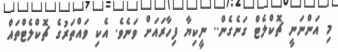
މި އަންނަނީ ޗޮކްލެޓް ގަނެގެން.. ނީކިޔާ ފިހާރައަށް ވަނެވެ. އެކި ވައްތަރުގެ ޗޮކްލެޓްތައް